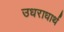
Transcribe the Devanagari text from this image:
उधराधार्थ